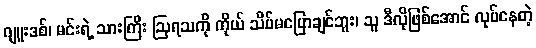
ဂျူးဒစ်၊ မင်းရဲ့ သားကြီး ဩရသကို ကိုယ် သိပ်မပြောချင်ဘူး၊ သူ ဒီလိုဖြစ်အောင် လုပ်နေတဲ့